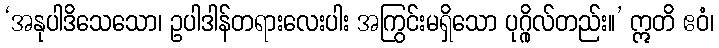
‘အနုပါဒိသေသော၊ ဥပါဒါန်တရားလေးပါး အကြွင်းမရှိသော ပုဂ္ဂိုလ်တည်း။’ ဣတိ ဧဝံ၊